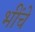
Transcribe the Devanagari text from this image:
भींचे